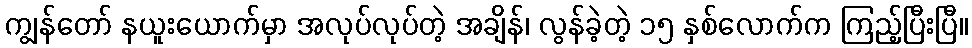
ကျွန်တော် နယူးယောက်မှာ အလုပ်လုပ်တဲ့ အချိန်၊ လွန်ခဲ့တဲ့ ၁၅ နှစ်လောက်က ကြည့်ပြီးပြီ။